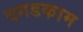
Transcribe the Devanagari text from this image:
दगडकाम